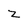
Character: z